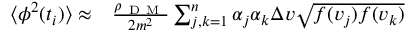
\begin{array} { r l } { \langle \phi ^ { 2 } ( t _ { i } ) \rangle \approx } & { { } \frac { \rho _ { \mathrm { ~ D ~ M ~ } } } { 2 m ^ { 2 } } \sum _ { j , k = 1 } ^ { n } \alpha _ { j } \alpha _ { k } \Delta v \sqrt { f ( v _ { j } ) f ( v _ { k } ) } } \end{array}